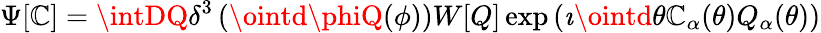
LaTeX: \Psi[\mathbb{C}]=\intDQ\delta^{3}\left(\ointd\phiQ(\phi)\right)W[Q]\exp\left(\imath\ointd\theta\mathbb{C}_{\alpha}(\theta)Q_{\alpha}(\theta)\right)